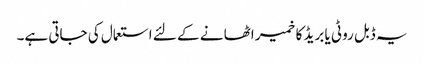
یہ ڈبل روٹی یا بریڈ کا خمیر اٹھا نے کے لئے استعمال کی جاتی ہے۔